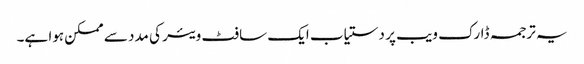
یہ ترجمہ ڈارک ویب پر دستیاب ایک سافٹ ویئر کی مدد سے ممکن ہوا ہے۔